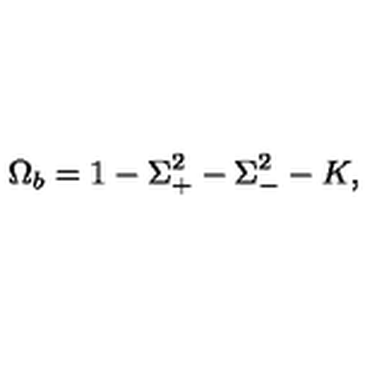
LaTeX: \Omega _ { b } = 1 - \Sigma _ { + } ^ { 2 } - \Sigma _ { - } ^ { 2 } - K ,